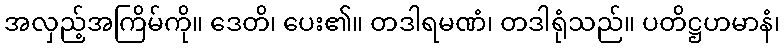
အလှည့်အကြိမ်ကို။ ဒေတိ၊ ပေး၏။ တဒါရမဏံ၊ တဒါရုံသည်။ ပတိဋ္ဌဟမာနံ၊